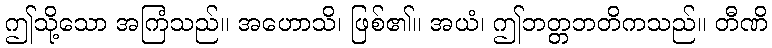
ဤသို့သော အကြံသည်။ အဟောသိ၊ ဖြစ်၏။ အယံ၊ ဤဘတ္တဘတိကသည်။ တီဏိ